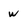
Character: w